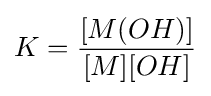
K={\frac {[M(OH)]}{[M][OH]}}